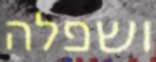
ושפלה